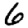
Digit: 6